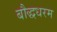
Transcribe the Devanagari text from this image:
बौद्धधरम